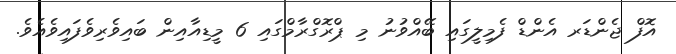
އޮފް ޖެންޑަރ އެންޑް ފެމިލީގައި ބޭއްވުނު މި ޕްރޮގްރާމްގައި 6 މީޑިއާއިން ބައިވެރިވެފައިވެއެވެ.